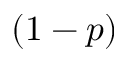
( 1 - p )